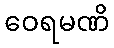
ဝေရမဏိ